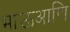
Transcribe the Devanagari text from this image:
भाऊआणि